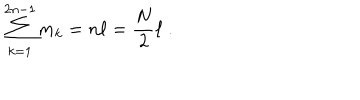
\sum _ { k = 1 } ^ { 2 n - 1 } m _ { k } = n \ell = { \frac { N } { 2 } } \ell \; .